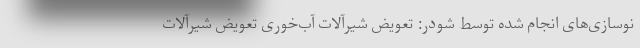
نوسازی‌های انجام شده توسط شودر: تعویض شیرآلات آب‌خوری تعویض شیرآلات